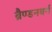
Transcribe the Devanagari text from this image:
ब्रैण्डनबर्ग